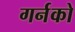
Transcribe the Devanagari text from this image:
गर्नको